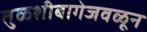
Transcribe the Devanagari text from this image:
तुळशीबागेजवळून